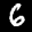
Label: 6